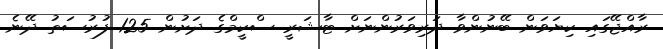
ރާއްޖޭގައި ކިޔަވަން ބޭނުންވާ ދަރިވަރުންނަށް ޓާޝަރީ ސްކީމްގެ ދަށުން 125 ފުރުސަތު ދޭނެ